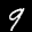
Label: 9